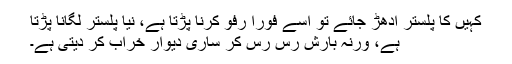
کہیں کا پلستر ادھڑ جائے تو اسے فوراً رفو کرنا پڑتا ہے، نیا پلستر لگانا پڑتا
ہے، ورنہ بارش رس رس کر ساری دیوار خراب کر دیتی ہے۔